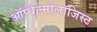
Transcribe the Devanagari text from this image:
ऑप्थैल्मोलॉजिस्ट